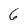
Character: 6